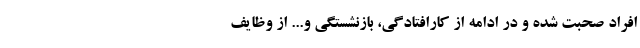
افراد صحبت شده و در ادامه از کارافتادگی، بازنشستگی و... از وظایف